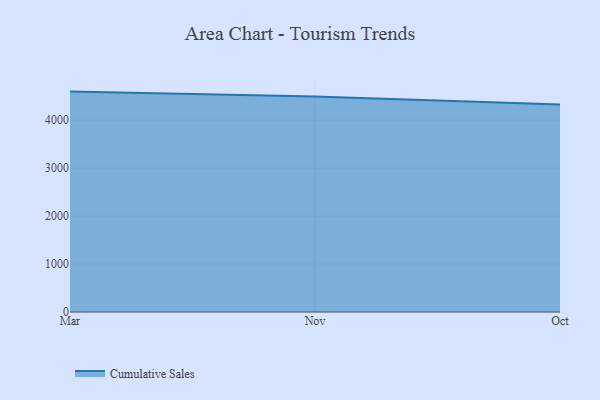
{"axis": {"x": "Month", "y": "Satisfaction Score"}, "legend": ["Cumulative Sales"], "data": [{"x": "Mar", "y": 4594.9, "type": "Cumulative Sales"}, {"x": "Nov", "y": 4491.6, "type": "Cumulative Sales"}, {"x": "Oct", "y": 4328.2, "type": "Cumulative Sales"}]}